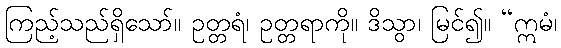
ကြည့်သည်ရှိသော်။ ဥတ္တရံ၊ ဥတ္တရာကို။ ဒိသွာ၊ မြင်၍။ “ဣမံ၊